Vital statistics of India. Vol. IV, Annual returns from 1871 to 1876. British Army of India, Native Army and jails of Bengal
Year: 1871
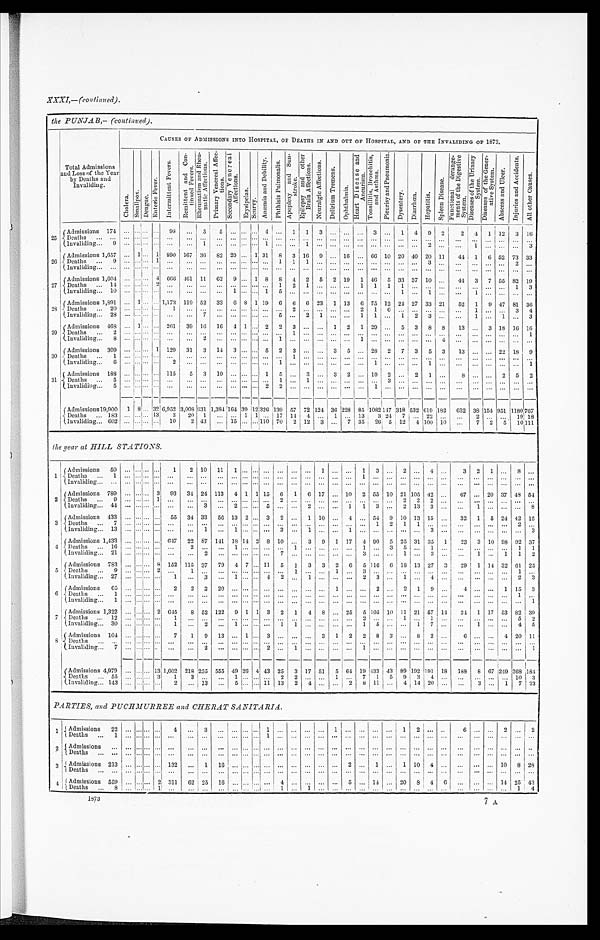
XXXI,—(continued) .
the PUNJAB,—(continued) .
Total Admissions
and Loss of the Year
by Deaths and
Invaliding.
CAUSES OF ADMISSIONS INTO HOSPITAL, OF DEATHS IN AND OUT OF HOSPITAL, AND OF THE INVALIDING OF 1873.
C h o l e r a .
S ma l l p o x . Dengue.
E n t e r i c F e v e r .
I n t e r m i t t e n t F e v e r s .
R e m i t t e n t a n d C o n - t i n u e d F e v e r s .
R h e u m a t i s m a n d R h e u - m a t i e A f f e c t i o n s .
P r i m a r y V e n e r e a l A f f e c - t i o n s .
S e c o n d a r y V e n e r e a l A f f e c t i o n s .
E r y s i p e l a s . S c u r v y .
A n æ m i a a n d D e b i l i t y .
P h t h i s i s P u l m o n a l i s . A p o p l e x y a n d S u n - s t r o k e .
E p i l e p s y a n d o t h e r B r a i n A f f e c t i o n s .
N e u r a l g i c A f f e c t i o n s .
D e l i r i u m T r e m e n s .
O p h t h a l m i a .
H e a r t D i s e a s e a n d A n e u r i s m .
T o n s i l l i t i s , B r o n c h i t i s , a n d A s t h u m .
P l e u r i s y a n d P n e u m o n i a .
D y s e n t e r y .
D i a r r h œ a .
H e p a t i t i s .
S p l e e n D i s e a s e .
F u n c t i o n a l d e r a n g e - m e n t s o f t h e D i g e s t i v e S y s t e m .
D i s e a s e s o f t h e U r i n a r y S y s t e m .
D i s e a s e s o f t h e G e n e r - a t i v e S y s t e m .
A b s c e s s a n d U l c e r .
I n j u r i e s a n d A c c i d e n t s .
A l l o t h e r C a u s e s .
25
Admissions 174
. . . . . . . . .
. . .
98
. . .
5
5
. . .
. . .
. . . 4
. . . 1
1
3
. . .
. . .
. . . 3
. . .
1
4
9
2
2
4
1 12
3
1 6
Deaths . . .
. . . . . .. . .
. . .
. . .
. . .
. . .
. . .
. . .
. . .
. . .
. . .
. . .
. . .
. . .
. . .
. . .
. . .
. . . . . .
. . .
. . .
. . .
. . .
. . .
. . .
. . .
. . . . . .
. . .
. . .
Invaliding . . . 9
. . . . . .. . .
. . .
. . .
. . .
1
. . .
. . .
. . .
. . . 1
. . .
. . .
1
. . .
. . .
. . .
. . .. . .
. . .
. . .
. . .
2
. . .
. . .
1
. . . . . .
. . .
3
2 6
Admissions 1,657
. . . 1 . . . 1 890 167 36
82 20
. . . 1 31
8
3 16
9
. . . 16
. . . 66 10 20 40 20 11
44
1
6 52 73 33
D e a t h s . . . 9
. . .. . .. . .
1
. . .
. . .
. . .
. . .
. . .
. . . . . .
. . .
1
1
1
. . .
. . .
. . .
. . .. . .
. . .
. . .
. . .
3
. . .
. . .
. . .
. . .. . .
2
. . .
Invaliding . . .
. . . . . . . . .
. . .
. . .
. . .
. . .
. . .
. . .
. . .
. . . . . .
. . .
. . .
. . .
. . .
. . .
. . .
. . . . . .
. . .
. . .
. . .
. . .
. . .
. . .
. . .
. . . . . .
. . .
. . .
27
Admissions 1,604
. . . . . . . . . 4 666 461 11
62
9
. . . 1 8
8
4
2
5
2 19
1 46
5 33 37 10
. . .
44
3
7 55 82 19
Deaths . . .
14
. . . . . .. . . 2
. . .
. . .
. . .
. . .
. . .
. . . . . .
. . . 1
2
1
. . .
. . .
. . .
1 1
1
1
. . .
. . .
. . .
. . .
. . .
. . .. . .
1 3
Invaliding . . . 10
. . .. . .. . .
. . . . . .
. . .
. . .
. . .
1
. . . . . .
1
5
. . .
. . .
. . .
. . .
. . .
. . .. . .
. . .
1
. . .
1
. . .
. . .
1
. . .. . .
. . .
. . .
2 8
Admissions 1,891
. . . 1 . . .
. . . 1,173 119 52
33
6 8 1 19
6
6
6 23
1 13
6 75 12 24 27 33 21
52
1
9 47 81 36
Deaths . . . 20
. . .. . .. . .
. . .1
. . .
. . .
. . .
. . .
. . . . . .
. . .
. . .
2
. . .
. . .
. . .
. . .
2 1
6
. . .
. . .
. . .
. . .
. . . 1
. . .. . .
3
4
Invaliding . . . 28
. . . . . .. . .
. . .
. . .
. . . 7
. . .
. . .
. . .
. . .
. . . 5
. . . 2
1
. . .
. . .
1
1
. . .
1
2
3
. . .
. . .
1
. . . . . .
. . .
3
29
Admissions 468
. . . 1 . . .
. . . 261
39 16
16
4 1
. . . 2
2
3
. . .
. . . 1
2
1 29
. . . 5
3
8
8
13
. . . 3 18 16
16
De a t h s . . . 2
. . .. . .. . .
. . . . . .
. . .
. . .
. . .
. . .
. . . . . .
. . .
. . .
1
. . .
. . .
. . .
. . .
. . .. . .
. . .
. . .
. . .
. . .
. . .
. . .
. . .
. . .. . .
. . .
1
Invaliding . . . 8
. . . . . .. . .
. . .
. . .
. . .
2
. . .
. . .
. . .
. . .
. . .
1
. . .
. . .
. . .
. . .
. . .
1 . . .
. . .
. . .
. . .
. . .
4
. . .
. . .
. . .. . .
. . .
. . .
30
Admissions 309
. . . . . . . . . 1 129
31
3
14
3
. . .
. . . 5
2
3
. . .
. . . 3
5
. . . 28
2
7
3
5
3
13
. . .
. . . 22 18
9
Deaths . . . 1
. . .. . .. . .
. . . . . .
. . .
. . .
. . .
. . .
. . . . . .
. . .
. . .
1
. . .
. . .
. . .
. . .
. . .. . .
. . .
. . .
. . .
. . .
. . .
. . .
. . .
. . . . . .
. . .
. . .
Invaliding . . . 6
. . .. . .. . .
. . . 2
. . .
. . .
. . .
. . .
. . . . . .
. . .
1
. . .
. . .
. . .
. . .
. . .
. . .1
. . .
. . .
. . .
1
. . .
. . .
. . .
. . . . . .
. . .
1
31
Admissions 188
. . . . . .. . .
. . . 115
5
3
10
. . .
. . .
. . . 1
5
. . . 3
. . . 3
2
. . . 19
2
. . . 2
1
. . .
8
. . .
. . . 2
5
2
Deaths . . . 5
. . . . . .. . .
. . .
. . .
. . .
. . .
. . .
. . .
. . . . . . . . .
1
. . .
1
. . .
. . .
. . .
. . .
. . .
3
. . .
. . .
. . .
. . .
. . .
. . .
. . .
. . .
. . .
. . .
Invaliding . . . 5
. . . . . .
. . .
. . .
. . .
. . .
. . .
. . .
. . .
. . .
. . . 2
2
. . .
. . .
. . .
. . .
. . .
. . .
1
. . .
. . .
. . .
. . .
. . .
. . .
. . .
. . .
. . .
. . .
. . .
Admissions 19,900
1 8 . . . 32 6,952 3,008 631 1,384
1 6 4
39
1 2
3 2 6 139 57 72 124 36 228 85 1082
1 4 7
318 532 619 182
632 38 154 951 1180
7 6 7
Deaths . . .183
. . . . . .. . .
1 3
3
20
1
. . .
. . . 1 1
. . . 17 14
4
. . . 1
. . . 13
3 24
7
. . . 22
. . .
. . .
2
. . . . . .
19 18
Invaliding . . . 602
. . . . . . . . .
. . .
10
2 43
. . . 15
. . . . . . 110 70
2 12
3
. . . 7 35
26 5 12
4 100
1 0
. . .
7
2
5
10 111
the year at HILL STATIONS .
1
Admissions 50
. . .
. . . . . .
. . .
1
2 10
11
1
. . .
. . .
. . .
. . .
. . .
. . .
1
. . .
. . .
1
3 . . .
2
. . . 4
. . .
3
2
1
. . .
8
. . .
Deaths . . . 1
. . .
. . . . . . . . .
. . .
. . .
. . .
. . . . . .
. . .
. . .
. . .
. . .
. . .
. . .
. . .
. . .
. . .
. . .
. . .. . .
. . .
. . .
. . .
. . .
. . .
. . .
. . .
. . .
. . .
. . .
Invaliding . . .
. . .
. . . . . . . . .
. . .
. . .
. . .
. . . . . .
. . .
. . .
. . .
. . .
. . .
. . .
. . .
. . .
. . .
. . .
. . . . . .
. . .
. . .
. . .
. . .
. . .
. . .
. . .
. . .
. . .
. . .
2 Admissions 789 . . .
. . .
. . . 3
93
34 24 113
4 1 1 15
6
1
6 17
. . . 10
2 55 10 21 105 42
. . .
67
. . . 20 37 48 54
Deaths . . . 9
. . .
. . . . . . 1
. . .
. . .
. . .
. . .. . .
. . . . . .
. . .
2
. . . . . .
. . .
. . .
. . .
. . .
. . .. . .
2
2
2
. . .
. . .
. . .
. . .
. . .
. . .
. . .
Invaliding . . . 44 . . .
. . . . . . . . .
. . .
. . . 3
. . . 2
. . .
. . . 5
. . .
. . . 2
. . .
. . .
1
1
3 . . .
2 13
3
. . .
. . .
1
. . .
. . .
. . .
8
3
Admissions 433
. . .
. . . . . .
. . .
55
34 33
56 13
2 . . .
3
2
. . .
1 10
. . . 4
. . . 54
9 10 13 15
. . .
32
1
5 24 42
1 5
Deaths . . . 7
. . .
. . . . . . . . .
. . .
. . .
. . .
. . .. . .
. . . . . .
. . .
. . .
. . . . . .
. . .
. . .
. . .
. . .
1 2
1
1
. . .
. . .
. . .
. . .
. . .
. . .
2
. . .
Invaliding . . . 13
. . .
. . . . . . . . .
. . .
. . .
1
. . .1
. . . . . .
. . .
3
. . . 1
. . .
. . .
1
. . .
. . .. . .
. . .
. . .
3
. . .
. . .
. . .
. . .
. . .
. . .
3
4
Admissions 1,433 . . .
. . .
. . . . . . 647
22 87 141 18 14 2 8 10
. . .
3
9
1 17
4 90
5 25 31 35
1
23
3 10 98 92 37
Deaths . . . 16 . . .
. . . . . . . . .
. . .
2
. . .
. . .1
. . . . . .
. . .
. . .
1 . . .
. . .
. . .
. . .
1
. . .3
5
. . .
1
. . .
. . .
. . .
. . .
. . .
1
1
Invaliding . . . 21
. . .
. . . . . . . . .
. . .
. . .
2
. . .. . .
. . . . . .
. . .
7
. . . . . .
. . .
. . .
. . .
3
. . .. . .
1
. . .
3
. . .
. . .
1
. . .
1
1
2
5
Admissions 783 . . .
. . . . . . 8 152 115 37
79
4 7
. . . 11
5
1
3
3
2 6
5 116
6 18 13 27
3
29
1 14 32 61 25
Deaths . . . 9 . . .
. . . . . . 2
. . .
1
. . .
. . .. . .
. . . . . .
. . .
. . .
1 . . .
. . .
1
. . .
3
. . .. . .
. . .
. . .
. . .
. . .
. . .
. . .
. . .
. . .
1
. . .
Invaliding . . . 27 . . .
. . . . . . . . .
1
. . . 3
. . . 1
. . .
. . . 4
2
. . .
1
. . .
. . .
. . . 2
3 . . .
1
. . . 4
. . .
. . .
. . .
. . .
. . .
2
3
6
Admissions 65 . . .
. . . . . . . . .
2
2
3 20 . . .
. . . . . .
. . .
. . .
. . . . . .
. . .
1
. . .
. . .
2 . . .
2
1
9
. . .
4
. . .
. . . 1 15
3
Deaths . . . 1
. . .
. . . . . . . . .
. . .
. . .
. . .
. . .. . .
. . . . . .
. . .
. . .
. . . . . .
. . .
. . .
. . .
. . .
. . .. . .
. . .
. . .
. . .
. . .
. . .
. . .
. . .
. . .
1
. . .
Invaliding . . . 1
. . .
. . . . . . . . .
. . .
. . .
. . .
. . . . . .
. . .
. . .
. . .
. . .
. . .
. . .
. . .
. . .
. . .
. . .
. . . . . .
. . .
. . .
. . .
. . .
. . .
. . .
. . .
. . .
. . .
1
7
Admissions 1, 322 . . .
. . . . . . 2 645
8 52 122
9 1 1 3
2
1
4
8
. . . 25
5 105 10 11 21 57 14
24
1 17 53 82 39
Deaths . . . 12 . . .
. . . . . . . . .
1
. . .
. . .
. . . . . .
. . .
. . .
. . .
. . . . . .
. . .
. . .
. . .
. . .
2
. . .. . .
1
. . .
1
. . .
. . .
. . .
. . .
. . .
5
2
Invaliding . . . 30 . . .
. . . . . .
. . .
1
. . .
2
. . .1
. . . . . .
. . .
1
1 . . .
. . .
. . .
. . .
1
5 . . .
. . .
1
7
. . .
. . .
1
. . .
. . . 4
5
8
Admissions 104 . . .
. . . . . .
. . .
7
1
9
13 . . . 1
. . . 3
. . .
. . .
. . .
3
1
2
2
8
3
. . . 8
2
. . .
6
. . .
. . . 4 20 11
Deat hs . . .
. . .
. . . . . . . . .
. . .
. . .
. . .
. . .. . .
. . . . . .
. . .
. . .
. . . . . .
. . .
. . .
. . .
. . .
. . . . . .
. . .
. . .
. . .
. . .
. . .
. . .
. . .
. . .
. . .
. . .
Invaliding . . . 7
. . .
. . . . . . . . .
. . .
. . .
2
. . .. . .
. . . . . .
2
. . .
1 . . .
. . .
. . .
. . . 1
. . . . . .
. . .
. . .
. . .
. . .
. . .
. . .
. . .
. . .
. . .
1
Admissions 4,979 . . .
. . .
. . . 1 3
1,602 218 255 555 49 26
4
43 25
3 17 51
5
6 4
19 433 43 89 192 191
18
188
8
6 7
249 368 184
Deaths . . .55
. . .
. . . . . .
3
1
3
. . .
. . .
1
. . .
. . .
. . .
2
2
. . .
. . .
1
. . . 7
1
5
9
3
4
. . .
. . .
. . .
. . .
. . . 10
3
Invaliding . . . 143 . . .
. . . . . .
. . .
2
. . . 13
. . .
5
. . .
. . . 11 13
2
4
. . .
. . . 2
8 1 1
. . .
4 14 20
. . .
. . .
3
. . . 1
7 23
PARTIES, and PUCHMURREE and CHERAT SANITARIA.
1
Admissions 22 . . .
. . .
. . . . . .
4
. . .
3
. . .. . .
. . . . . .
1
. . .
. . . . . .
. . . 1
. . .
. . .
. . . . . .
1
2
. . . . . .
6
. . .
. . .
2
. . .
2
Deaths . . . 1 . . .
. . . . . .
. . .
. . .
. . .
. . .
. . . . . .
. . .
. . .
. . .
. . .
. . . . . .
. . .
. . .
. . .
. . .
. . . . . .
. . .
. . .
. . .
. . .
. . .
. . .
. . .
. . .
. . .
. . .
2
Admissions . . .
. . .
. . . . . .
. . .
. . .
. . .
. . .
. . . . . .
. . . . . .
. . .
. . .
. . . . . .
. . .
. . .
. . .
. . .
. . . . . .
. . .
. . .
. . .
. . .
. . .
. . .
. . .
. . .
. . .
. . .
Deaths . . .
. . .
. . . . . . . . .
. . .
. . .
. . .
. . .. . .
. . .
. . .
. . .
. . .
. . .
. . .
. . .
. . .
. . .
. . .
. . . . . .
. . .
. . .
. . .
. . .
. . .
. . .
. . .
. . .
. . . . . .
3 Admissions 213 . . .
. . . . . . . . .
1 3 2
. . .
1
1 6
. . .
. . . . . .
. . .
. . .
. . . . . .
. . .
. . .
2
. . .
1 . . .
1
1 0
4
. . .
. . .
. . .
. . . 10
8 28
Deaths . . .
. . .
. . . . . . . . .
. . .
. . .
. . .
. . . . . .
. . .
. . .
. . .
. . .
. . .
. . .
. . .
. . . . . .
. . .
. . . . . .
. . .
. . .
. . .
. . .
. . .
. . .
. . .
. . .
. . .
. . .
4
Admissions 559
. . .
. . . . . .
2 311
62 25
16 . . .
. . . . . .
. . . 4
. . .
. . .
. . .
. . .
5
. . . 14 . . . 20
8
4
6
. . .
. . .
. . . 14 25 43
Deaths . . . 8
. . .
. . . . . . 1
. . .
. . .
. . .
. . .. . .
. . . . . .
. . .
1
. . .1
. . .
. . .
. . .
. . .
. . . . . .
. . .
. . . . . .
. . .
. . .
. . .
. . .
. . . 1
4
1873
7 A